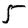
Digit: 5